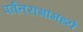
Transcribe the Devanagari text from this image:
पर्वतरागांमध्ये